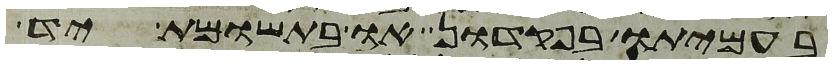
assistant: בעמיתו בפקדון או בתשומת יד